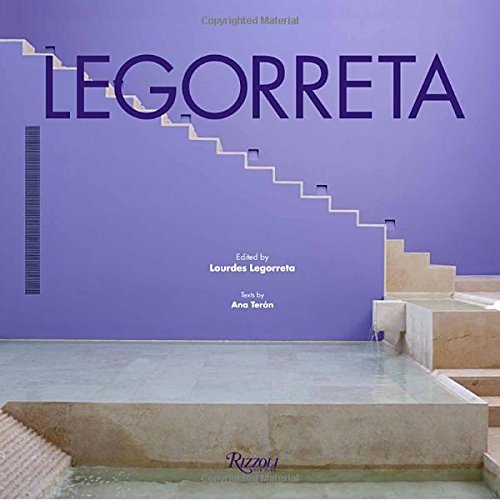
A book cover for Legorreta; Ana Teran; Arts & Photography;